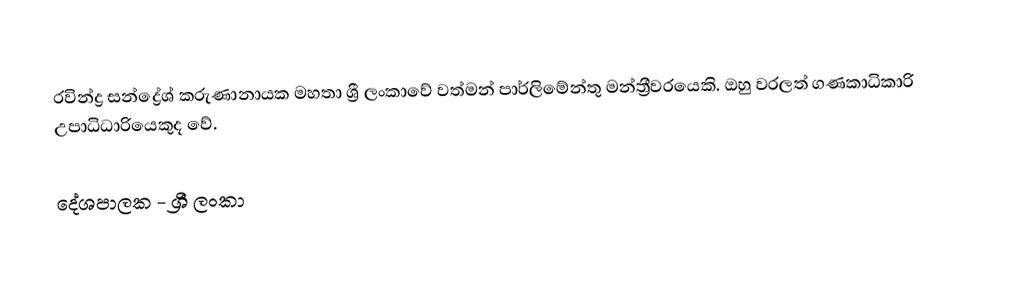
රවින්ද්‍ර සන්ද්‍රේශ් කරුණානායක මහතා ශ්‍රී ලංකාවේ වත්මන් පාර්ලිමේන්තු මන්ත්‍රීවරයෙකි. ඔහු වරලත් ගණකාධිකාරි උපාධිධාරියෙකුද වේ.

 දේශපාලක - ශ්‍රී ලංකා